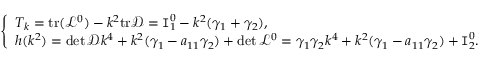
\left\{ \begin{array} { l l } { T _ { k } = \mathrm { t r } ( \mathcal L ^ { 0 } ) - k ^ { 2 } \mathrm { t r } \mathcal D = \texttt I _ { 1 } ^ { 0 } - k ^ { 2 } ( \gamma _ { 1 } + \gamma _ { 2 } ) , } \\ { h ( k ^ { 2 } ) = \operatorname* { d e t } \mathcal D k ^ { 4 } + k ^ { 2 } ( \gamma _ { 1 } - a _ { 1 1 } \gamma _ { 2 } ) + \operatorname* { d e t } \mathcal L ^ { 0 } = \gamma _ { 1 } \gamma _ { 2 } k ^ { 4 } + k ^ { 2 } ( \gamma _ { 1 } - a _ { 1 1 } \gamma _ { 2 } ) + \texttt I _ { 2 } ^ { 0 } . } \end{array} \right.